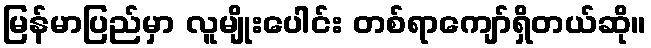
မြန်မာပြည်မှာ လူမျိုးပေါင်း တစ်ရာကျော်ရှိတယ်ဆို။